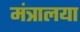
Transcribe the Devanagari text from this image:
मंत्रालया